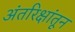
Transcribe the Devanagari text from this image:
अंतरिक्षांतून